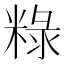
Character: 粶